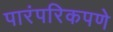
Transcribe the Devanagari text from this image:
पारंपरिकपणे